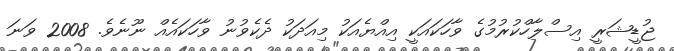
ޖުޑީޝަރީ އިސްލާހްކުރުމުގެ ވާހަކައަކީ އިއްޔެއަކު މިއަދަކު ދެކެވުނު ވާހަކައެއް ނޫނެވެ. 2008 ވަނަ